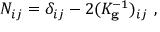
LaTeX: N _ { i j } = \delta _ { i j } - 2 ( K _ { \mathbf { g } } ^ { - 1 } ) _ { i j } ~ ,